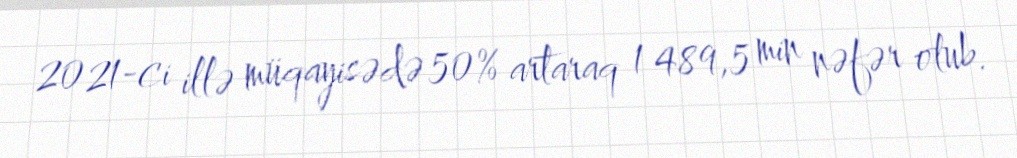
2021-ci illə müqayisədə 50% artaraq 1 489,5 min nəfər olub.